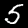
Label: 5